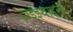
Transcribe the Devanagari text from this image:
डाईइथाइल